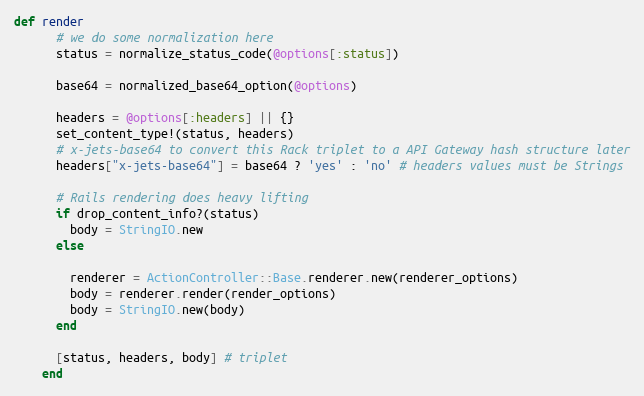
Language: Ruby
def render
      # we do some normalization here
      status = normalize_status_code(@options[:status])

      base64 = normalized_base64_option(@options)

      headers = @options[:headers] || {}
      set_content_type!(status, headers)
      # x-jets-base64 to convert this Rack triplet to a API Gateway hash structure later
      headers["x-jets-base64"] = base64 ? 'yes' : 'no' # headers values must be Strings

      # Rails rendering does heavy lifting
      if drop_content_info?(status)
        body = StringIO.new
      else

        renderer = ActionController::Base.renderer.new(renderer_options)
        body = renderer.render(render_options)
        body = StringIO.new(body)
      end

      [status, headers, body] # triplet
    end